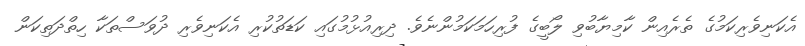
އެކަނިވެރިކަމުގެ ތެރެއިން ކާމިޔާބުވި ލޯބީގެ ފުރިހަމަކަމުންނެވެ. ދިރިއުޅުމުގައި ކަޑަތުކުރި އެކަނިވެރި ދުވަސްތަކާ ހިތްދަތިކަން